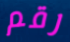
رقم